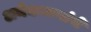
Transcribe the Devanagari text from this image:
अनेकजणांचे